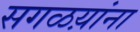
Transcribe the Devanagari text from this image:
सगळय़ांना